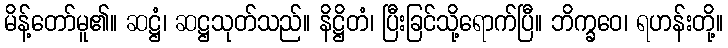
မိန့်တော်မူ၏။ ဆဋ္ဌံ၊ ဆဋ္ဌသုတ်သည်။ နိဋ္ဌိတံ၊ ပြီးခြင်သို့ရောက်ပြီ။ ဘိက္ခဝေ၊ ရဟန်းတို့။